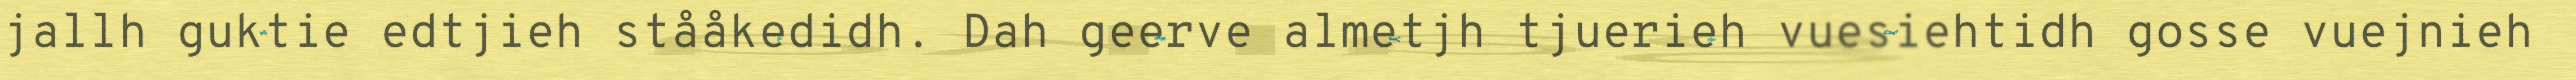
jallh guktie edtjieh stååkedidh. Dah geerve almetjh tjuerieh vuesiehtidh gosse vuejnieh